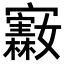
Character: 𪧵